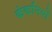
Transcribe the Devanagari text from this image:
कंकनियों